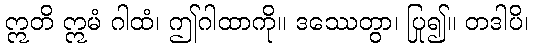
ဣတိ ဣမံ ဂါထံ၊ ဤဂါထာကို။ ဒဿေတွာ၊ ပြု၍။ တဒါပိ၊